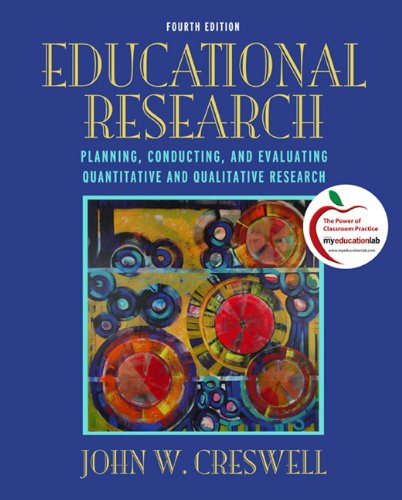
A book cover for Educational Research: Planning, Conducting, and Evaluating Quantitative and Qualitative Research (4th Edition); John W. Creswell; Business & Money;